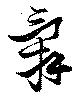
辞